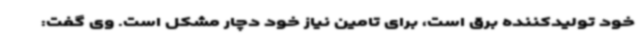
خود تولیدکننده برق است، برای تامین نیاز خود دچار مشکل است. وی گفت: